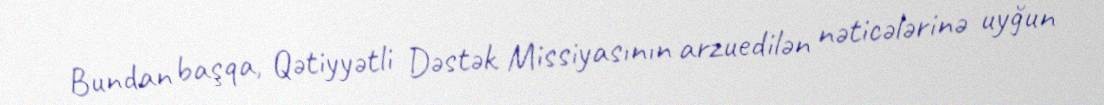
Bundan başqa, Qətiyyətli Dəstək Missiyasının arzuedilən nəticələrinə uyğun